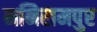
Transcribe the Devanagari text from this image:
मनिरामपुर